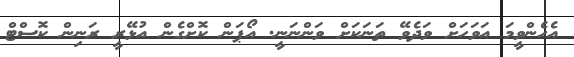
އެހެންވީމަ އަވަހަށް ވަދެވޭ ތަނަކަށް ވަންނަނީ. އޯޕަން ކޮށްގެން އުޅޭރީ ރަނިން ކޮސްޓް